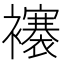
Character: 𧞼